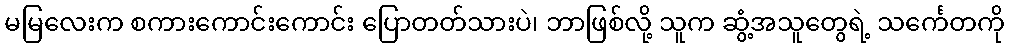
မမြလေးက စကားကောင်းကောင်း ပြောတတ်သားပဲ၊ ဘာဖြစ်လို့ သူက ဆွံ့အသူတွေရဲ့ သင်္ကေတကို